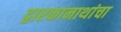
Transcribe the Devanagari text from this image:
द्वारकानाथांचा